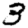
Digit: 3